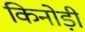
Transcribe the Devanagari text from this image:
किनोड़ी